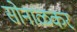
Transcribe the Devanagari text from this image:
सोनाळकर